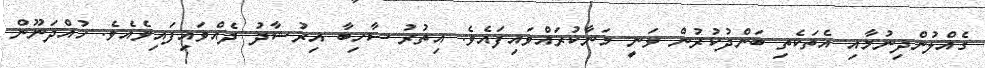
ގެއްލުންދިނުމާއި އެތަކެތި ބަންދުކުރުން ވަނީ މަނާކުރައްވައިފައެވެ. އިތުރު ސާހިބާ އިރުޝާދު ދެއްވައިފައިވެއެވެ. ހުއްދަނޫން